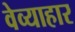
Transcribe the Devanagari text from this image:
वेव्याहार